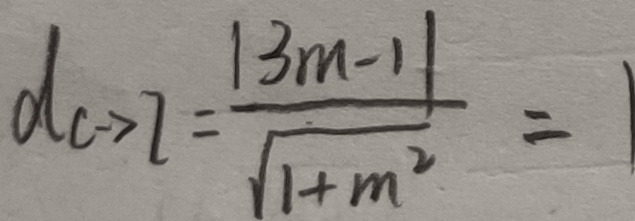
d c \rightarrow 7 = \frac { \vert 3 m - 1 \vert } { \sqrt { 1 + m ^ { 2 } } } = 1